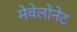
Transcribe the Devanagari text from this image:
मेवेलोनेट